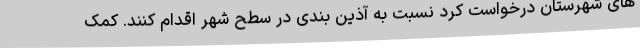
های شهرستان درخواست کرد نسبت به آذین بندی در سطح شهر اقدام کنند. کمک